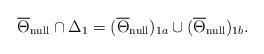
LaTeX: \begin{align*}\overline{\Theta}_{\rm null} \cap \Delta_1 = (\overline{\Theta}_{\rm null})_{1a}\cup (\overline{\Theta}_{\rm null})_{1b}.\end{align*}